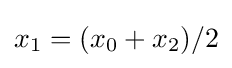
x_{1}=(x_{0}+x_{2})/2